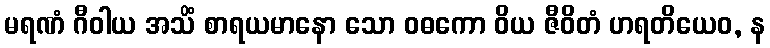
မရဏံ ဂီဝါယ အသိံ စာရယမာနော သော ဝဓကော ဝိယ ဇီဝိတံ ဟရတိယေဝ, န